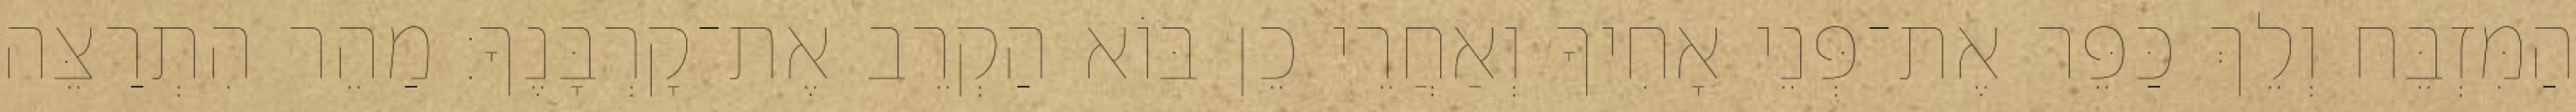
הַמִּזְבֵּח וְלֵךְ כַּפֵּר אֶת־פְּנֵי אָחִיךָ וְאַחֲרֵי כֵן בּוֹא הַקְרֵב אֶת־קָרְבָּנֶךָ׃ מַהֵר הִתְרַצֵּה